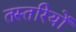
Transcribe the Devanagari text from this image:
तस्तरियों